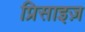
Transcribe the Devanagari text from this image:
प्रिसाइज़